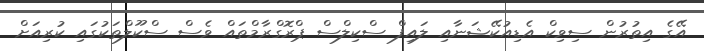
އޭގެ އިތުރުން ސިވިކް އެޑިއުކޭޝަނާއި ލައިފް ސްކިލްސް ޕްރޮގްރާމްތައް ވެސް ސްކޫލްތަކުގައި ކުރިއަށް